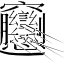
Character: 𰻝